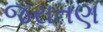
જરાતણ